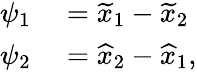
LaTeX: \begin{array}{rl}{\psi_{1}}&{{}=\widetilde{x}_{1}-\widetilde{x}_{2}}\\ {\psi_{2}}&{{}=\widehat{x}_{2}-\widehat{x}_{1},}\end{array}